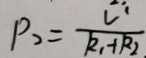
P _ { 2 } = \frac { U ^ { 1 } } { R _ { 1 } + R _ { 2 } }